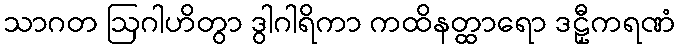
သာဂတ ဩဂါဟိတွာ ဒွါဂါရိကာ ကထိနတ္ထာရော ဒဠှီကရဏံ